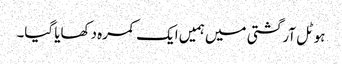
ہوٹل آرگشتی میں ہمیں ایک کمرہ دکھایا گیا۔